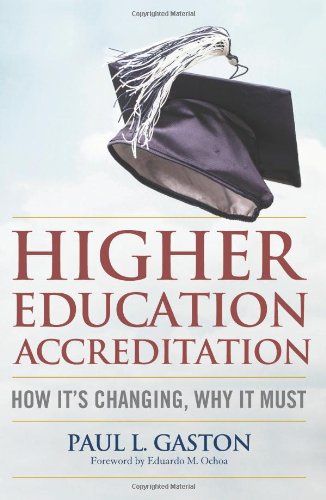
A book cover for Higher Education Accreditation: How It's Changing, Why It Must; Paul L. Gaston; Education & Teaching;